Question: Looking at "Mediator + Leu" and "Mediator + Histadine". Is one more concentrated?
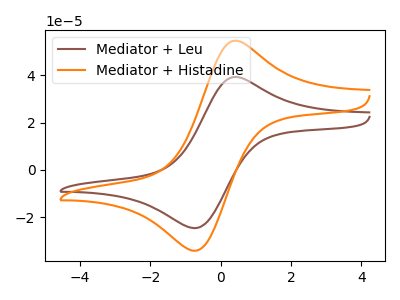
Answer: <think>The brown curve "Mediator + Leu" has an anodic peak at (0.30V, 39.20uA) and a cathodic peak at (-0.70V, -24.60uA). The orange curve "Mediator + Histadine" has an anodic peak at (0.30V, 54.50uA) and a cathodic peak at (-0.70V, -34.15uA).
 All the peaks in "Mediator + Leu" have a peak in "Mediator + Histadine" at the same potential. Every peak in "Mediator + Leu" is lower than every peak in "Mediator + Histadine".</think>
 <answer>"Mediator + Leu" has less signal than "Mediator + Histadine" and so likely has a lower concentration.</answer>
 <eval>less_concentration</eval>